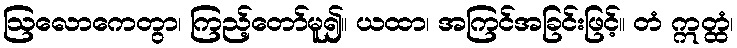
ဩလောကေတွာ၊ ကြည့်တော်မူ၍။ ယထာ၊ အကြင်အခြင်းဖြင့်။ တံ ဣတ္ထံ၊